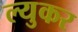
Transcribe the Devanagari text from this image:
ल्युकर